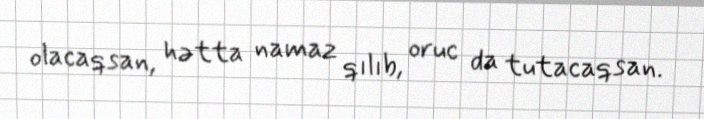
olacaqsan, hətta namaz qılıb, oruc da tutacaqsan.